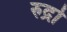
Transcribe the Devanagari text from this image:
रुद्रो